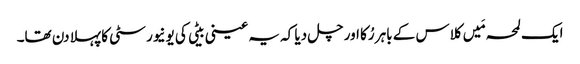
ایک لمحہ مَیں کلاس کے باہر رُکا اور چل دیا کہ یہ عینی بیٹی کی یونیورسٹی کا پہلا دن تھا۔